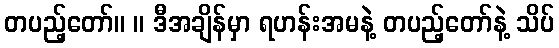
တပည့်တော်။ ။ ဒီအချိန်မှာ ရဟန်းအမနဲ့ တပည့်တော်နဲ့ သိပ်